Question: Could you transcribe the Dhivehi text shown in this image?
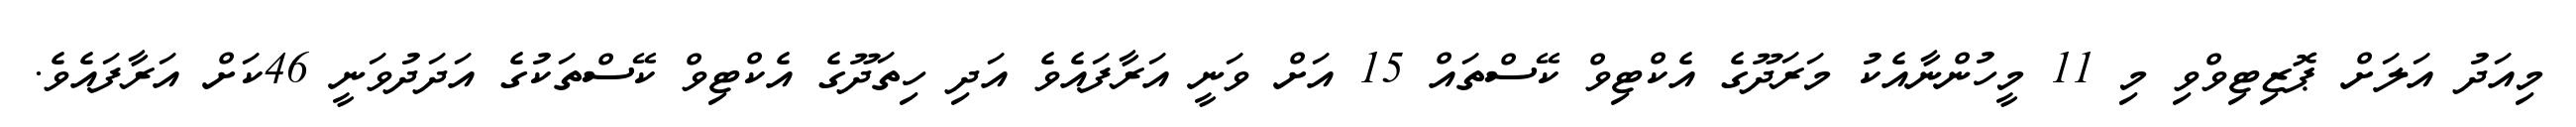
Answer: މިއަދު އަލަށް ޕޮޒިޓިވްވި މި 11 މީހުންނާއެކު މަރަދޫގެ އެކްޓިވް ކޭސްތައް 15 އަށް ވަނީ އަރާފައެވެ އަދި ހިތަދޫގެ އެކްޓިވް ކޭސްތަކުގެ އަދަދުވަނީ 46ކަށް އަރާފައެވެ.